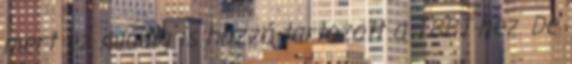
mert ez mindig is hozzá tartozott a TBBT-hez. De